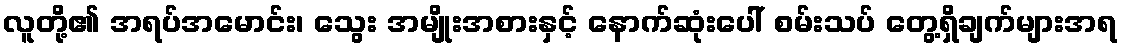
လူတို့၏ အရပ်အမောင်း၊ သွေး အမျိုးအစားနှင့် နောက်ဆုံးပေါ် စမ်းသပ် တွေ့ရှိချက်များအရ